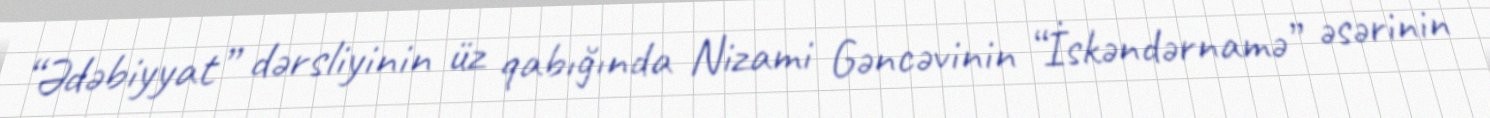
“Ədəbiyyat” dərsliyinin üz qabığında Nizami Gəncəvinin “İskəndərnamə” əsərinin